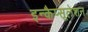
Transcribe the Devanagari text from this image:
इन्कैप्सूलेशन